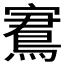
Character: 𡫕